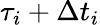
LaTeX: \tau_{i}+\Delta t_{i}